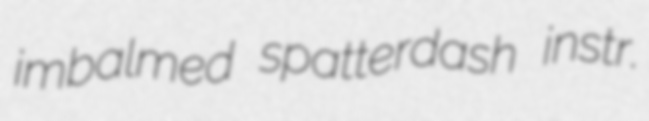
imbalmed spatterdash instr.